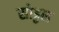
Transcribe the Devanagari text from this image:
सोड्ढल